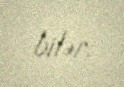
bilər.